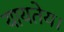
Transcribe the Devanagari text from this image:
यायतेय।